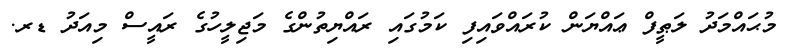
މުޙައްމަދު ލަޠީފް ޢައްޔަން ކުރައްވައިފި ކަމުގައި ރައްޔިތުންގެ މަޖިލީހުގެ ރައީސް މިއަދު ޑރ.